Annual administration report of the Civil Veterinary Department, Ajmere-Merwara, British Rajputana - 1914-1940
Year: 1914
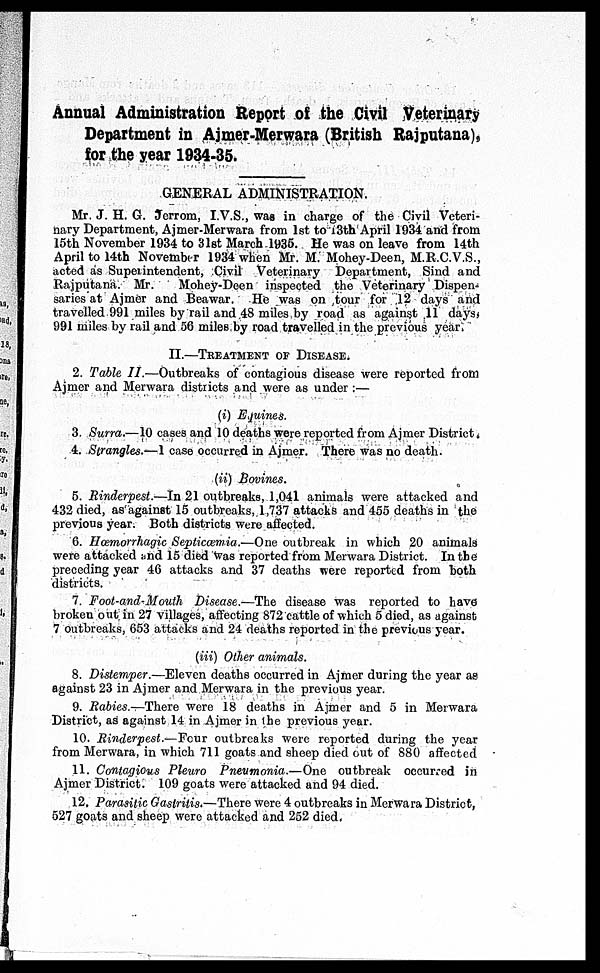
Annual Administration Report of the Civil Veterinary
Department in Ajmer-Merwara (British Rajputana),
for the year 1934-35.
GENERAL ADMINISTRATION.
Mr. J. H. G. Jerrom, I.V.S., was in charge of the Civil Veteri-
nary Department, Ajmer-Merwara from 1st to 13th April 1934 and from
15th November 1934 to 31st March. 1935. He was on leave from 14th
April to 14th November 1934 when Mr. M. Mohey-Deen, M.R.C.V.S.,
acted as Superintendent, Civil Veterinary Department, Sind and
Rajputana. Mr.
Mohey-Deen inspected the Veterinary Dispen-
saries at Ajmer and Beawar. He was on tour for 12 days and
travelled 991 miles by rail and 48 miles by road as against 11 days,
991 miles by rail and 56 miles by road travelled in the previous year.
II.—TREATMENT OF DISEASE.
2. Table II.—Outbreaks of contagious disease were reported from
Ajmer and Merwara districts and were as under:—
(i) Equines.
3. Surra.—10 cases and 10 deaths were reported from Ajmer District.
4. Strangles.—1 case occurred in Ajmer. There was no death.
(ii) Bovines.
5. Rinderpest.—In 21 outbreaks, 1,041 animals were attacked and
432 died, as against 15 outbreaks, 1,737 attacks and 455 deaths in the
previous year. Both districts were affected.
6. Hœmorrhagic Septicœmia.—One outbreak in which 20 animals
were attacked and 15 died was reported from Merwara District. In the
preceding year 46 attacks and 37 deaths were reported from both
districts.
7. Foot-and-Mouth Disease.—The disease was reported to have
broken out in 27 villages, affecting 872 cattle of which 5 died, as against
7 outbreaks, 653 attacks and 24 deaths reported in the previous year.
(iii) Other animals.
8. Distemper.—Eleven deaths occurred in Ajmer during the year as
against 23 in Ajmer and Merwara in the previous year.
9. Rabies.—There were 18 deaths in Ajmer and 5 in Merwara
District, as against 14 in Ajmer in the previous year.
10. Rinderpest.—Four outbreaks were reported during the year
from Merwara, in which 711 goats and sheep died out of 880 affected
11. Contagious Pleuro Pneumonia.—One outbreak occurred in
Ajmer District. 109 goats were attacked and 94 died.
12. Parasitic Gastritis.—There were 4 outbreaks in Merwara District,
527 goats and sheep were attacked and 252 died.